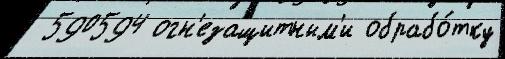
 590594 огн'езащитным'и обрабо́тку